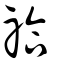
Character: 祫